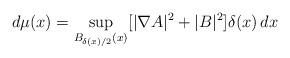
LaTeX: \begin{align*}d\mu(x)=\sup_{B_{\delta(x)/2}(x)}[|\nabla A|^2+|B|^2]\delta(x) \,dx\end{align*}